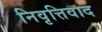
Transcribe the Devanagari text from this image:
निवृत्तिवाद